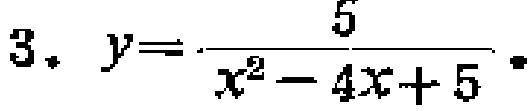
\(3.\ y = \frac{5}{x^{2}-4x + 5}\)